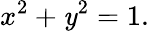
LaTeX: x^{2}+\mathit{y}^{2}=1.